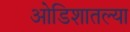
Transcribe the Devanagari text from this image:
ओडिशातल्या